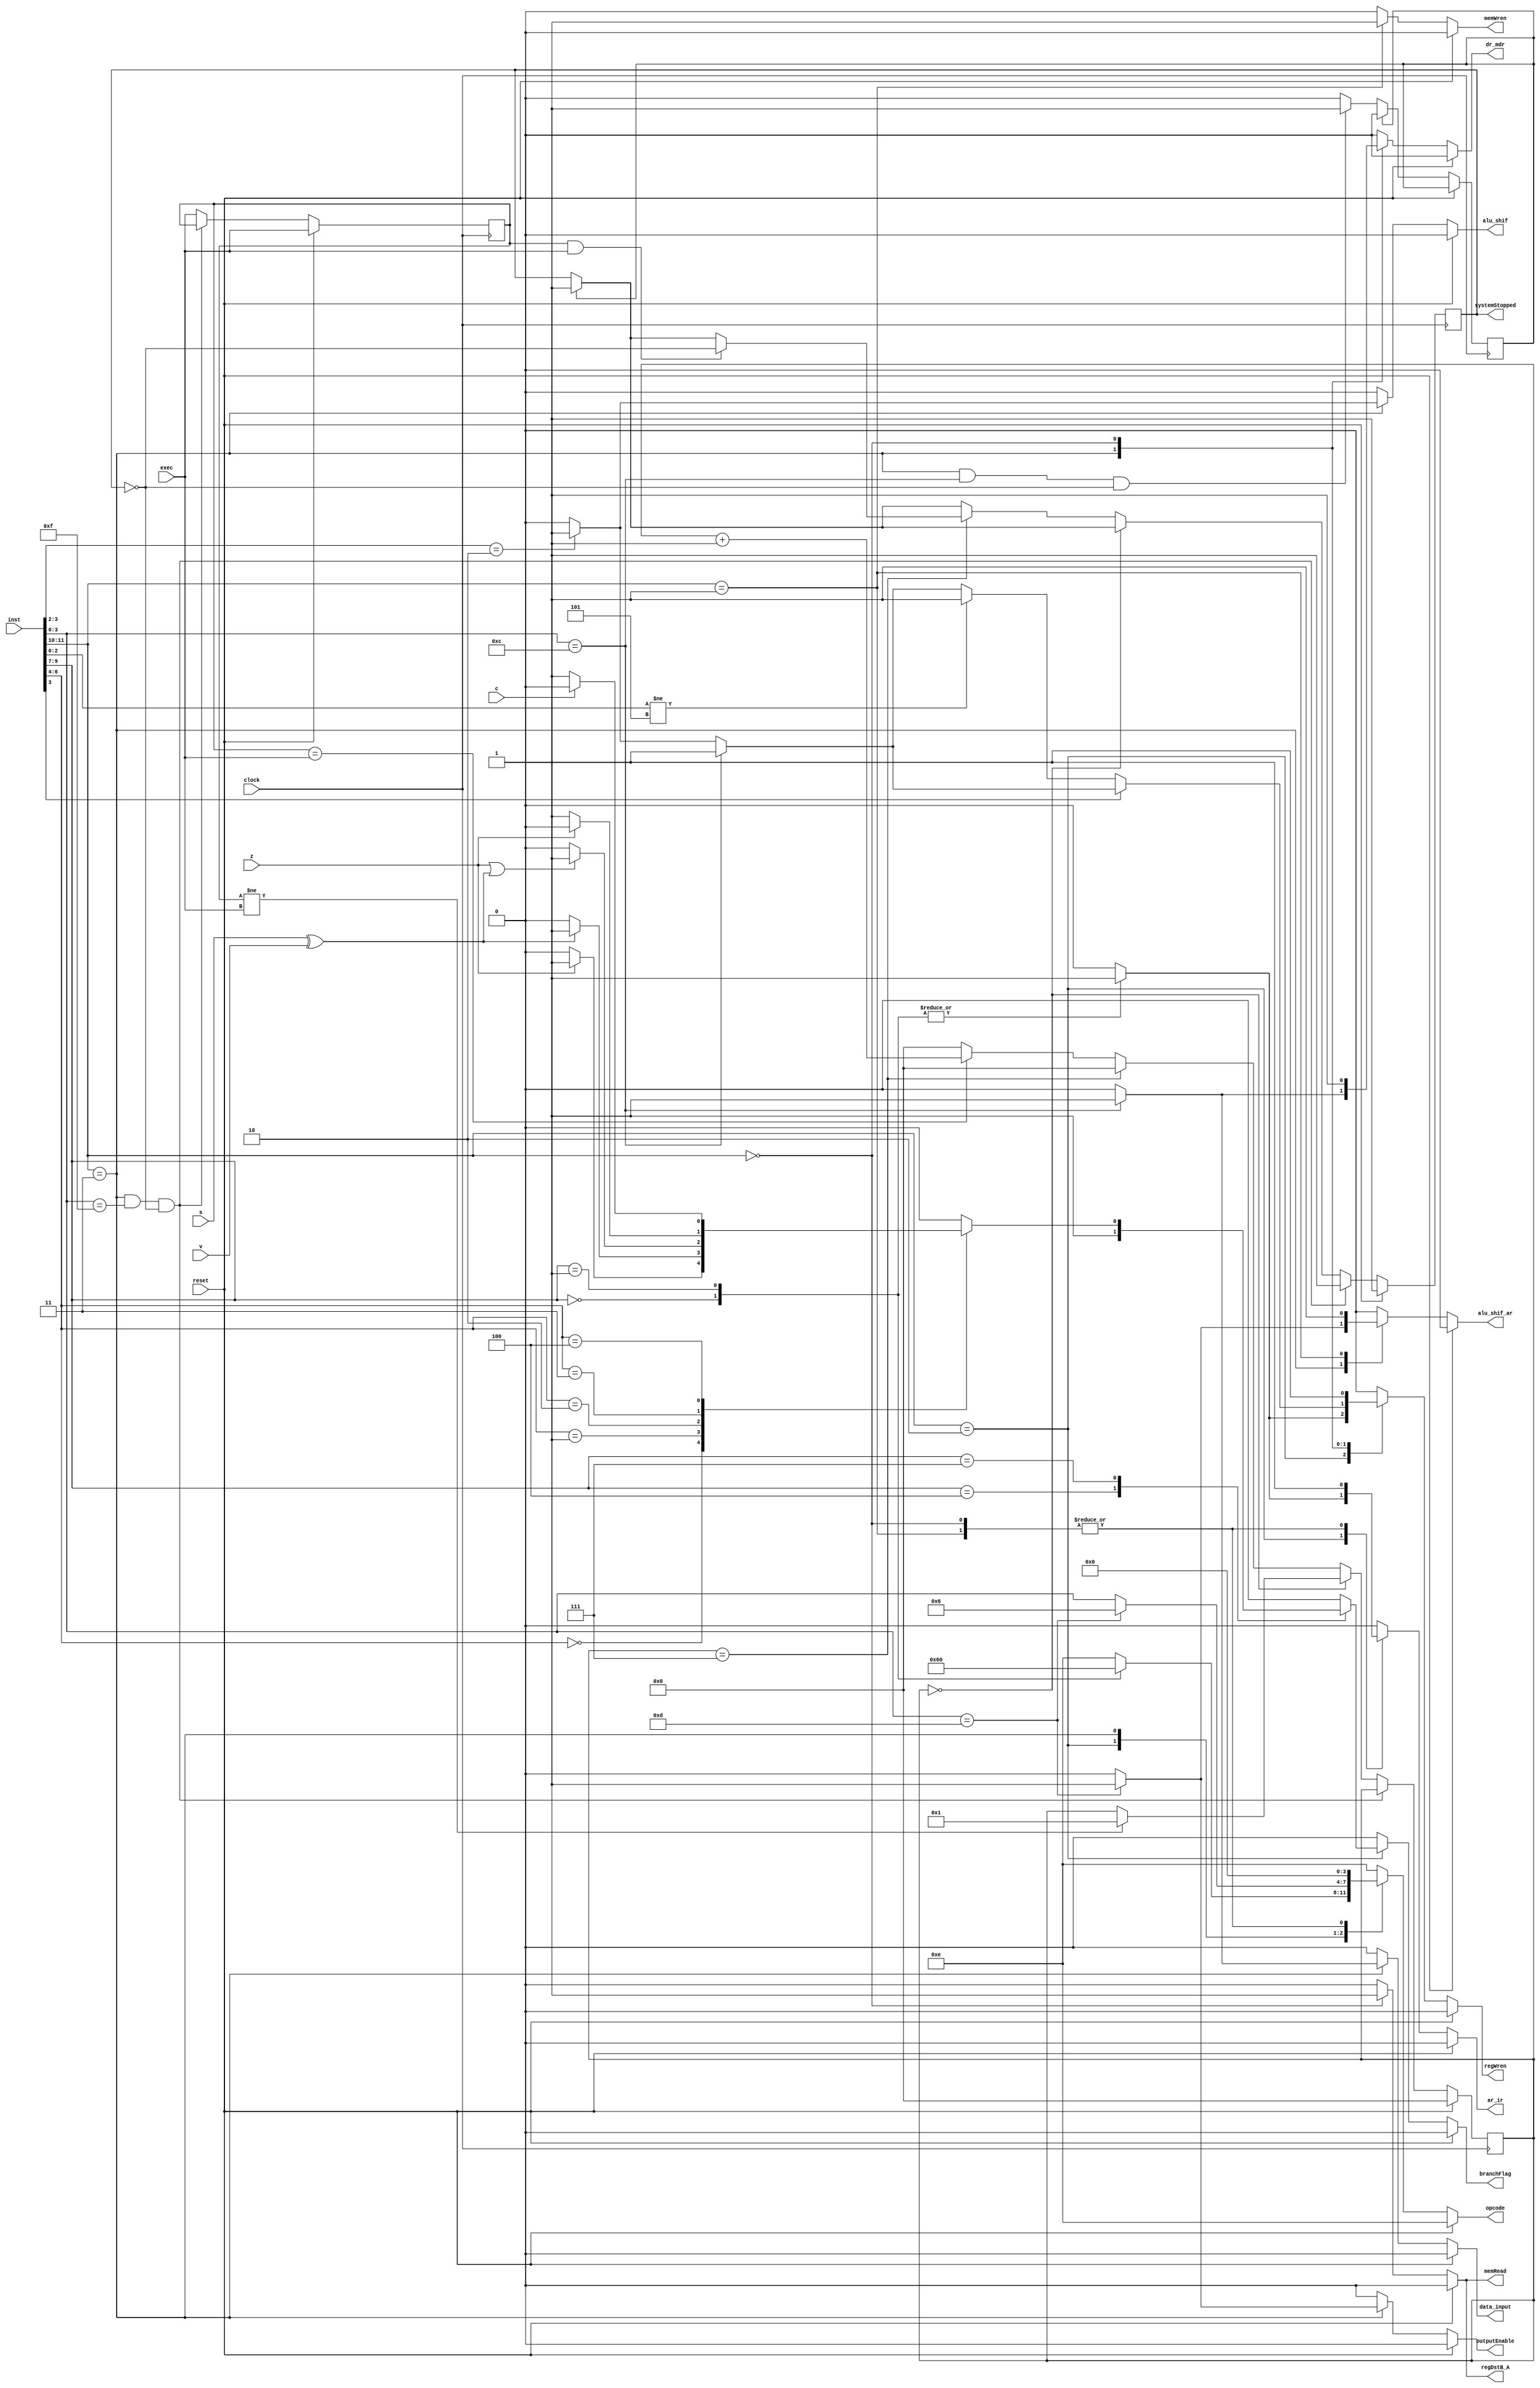
module control(input clock,reset,exec,s,z,c,v,
				input [15:4] inst,
				output reg branchFlag,ar_ir,alu_shif,data_input,dr_mdr,regWren,memWren,memRead,outputEnable,systemStopped,alu_shif_ar,regDstB_A,
				// output reg br_pc,pc_dr,
				output reg [3:0] opcode);
	wire [1:0] op1 = inst[15:14];
	wire [2:0] op2 = inst[13:11];
	wire [3:0] op3 = inst[7:4];
	wire [2:0] cond = inst[10:8];
	//Exec chattering removal
	reg [15:0] count;
	reg exec_pre;
	reg inCount;
	always @(posedge clock) begin
		if(reset == 1'b1)begin
			count <= 0;
			systemStopped <= 1'b1;
			exec_pre <= exec;
		end else begin
			//INp3p2systemStopped1p2
			//p4
			// if(((p3 == 1'b1)&(op1 == 2'b11)&(op3 == 4'b1100)&(systemStopped == 1'b0))|((op1 == 2'b11)&(op3 == 4'b1111)&(systemStopped == 1'b0)))begin//IN or HLT
			if((op1 == 2'b11)&(op3 == 4'b1100)&(systemStopped == 1'b0))begin//IN
				if(inCount == 1'b0)begin
					inCount <= 1'b1;
				end	
			end	if(inCount == 1'b1)begin//IN
					systemStopped <= 1'b1;
					inCount <= 1'b0;
			end	if((op1 == 2'b11)&(op3 == 4'b1111)&(systemStopped == 1'b0))begin//HLT
				systemStopped <=1'b1;
			end else begin
				exec_pre <= exec;
				if(count == 0)begin
					if(exec_pre !=  exec)begin
						count <= 1;
					end
				end else if(count == 7)begin
					count <= 0;
					if(exec_pre & exec)begin
						systemStopped <= ~systemStopped;
					end
				end else begin
					if(exec_pre == exec)begin
						count <= count + 1;
					end else begin
						count <= 0;
					end
				end
			end
		end
	end
	always @(*) begin
		if(reset == 1'b 1) begin
			branchFlag <= 1'b 0;
			ar_ir  <= 1'b 0;
			alu_shif  <= 1'b 0;
			alu_shif_ar <=1'b0;
			data_input <= 1'b 0;
			dr_mdr <= 1'b 0;
			regDstB_A <= 1'b 0;
			regWren <= 1'b 0;
			memWren <= 1'b 0;
			memRead <= 1'b 0;
			opcode <= 4'b 1110;//nop
			outputEnable <= 1'b 0;
		end else begin
			branchFlag <= 1'b 0;
			ar_ir  <= 1'b 0;
			alu_shif  <= 1'b 0;
			alu_shif_ar <= 1'b0;
			data_input <= 1'b 0;
			dr_mdr <= 1'b 0;
			regDstB_A <= 1'b 0;
			regWren <= 1'b 0;
			memWren <= 1'b 0;
			memRead <= 1'b 0;
			opcode <= 4'b 1110;//nop
			outputEnable <= 1'b 0;
			case(op1)
				2'b10:begin
					case(op2)
						3'b000:begin//LI
							regWren <= 1'b 1;//p5
							opcode <= 4'b0110;//MOV//p3
							ar_ir  <= 1'b 1;//p3
						end	
						3'b001:begin//ADDI
							regWren <= 1'b 1;//p5
							opcode <= 4'b0000;//ADD//p3
							ar_ir  <= 1'b 1;//p3
						end	
						3'b100:begin//Bd
							branchFlag <= 1'b 1;//branch instruction//p5
						end
						3'b111:begin//BE,BLT,BLE,BNE
							case(cond)
								3'b000:begin
									if(z == 1'b 1) begin//BE
										branchFlag <= 1'b 1;//p5
									end
								end
								3'b001:begin
									if(s^v == 1'b 1) begin
										branchFlag <= 1'b 1;//p5
									end
								end
								3'b010:begin//BLE
									if(z == 1'b 1 || s^v == 1'b 1) begin
										branchFlag <= 1'b 1;//p5
									end
								end
								3'b011:begin
									if(z == 1'b 0)begin
										branchFlag <= 1'b 1;//p5
									end
								end
								3'b100:begin
									if(c == 1'b 0)begin
										branchFlag <= 1'b 1;//p5
									end
								end
								default:begin
								end
							endcase
						end
						default:begin
						end
					endcase
				end
				2'b11:begin
					opcode <= op3;//p3
					if(op3[3:2] == 2'b10)begin//shift
						alu_shif  <= 1'b 1;//p3//
						regWren <= 1'b 1;//p5//
					end if(op3 == 4'b1100)begin//IN
						dr_mdr <= 1'b 1;//p5
						regWren <= 1'b 1;//p5
						data_input <= 1'b 1;//p4(data_input)
					end if(op3 == 4'b1101)begin//OUT
						alu_shif_ar <=1'b1;//
						outputEnable <= 1'b 1;//p3
						opcode <=4'b0110;//MOV//p3
					end if(op3[3] == 1'b0)begin//ALU
						if(op3[2:0] != 3'b101)begin//CMPALU
							regWren <= 1'b 1;//p5
						end
					end
				end
				2'b00:begin//LD
					memRead <= 1'b 1;//p3()
					dr_mdr <= 1'b 1;//p5(dr_mdr,regDstB_A,regWren)
					regDstB_A <= 1'b 1;//p5
					regWren <= 1'b 1;//p5
					opcode <= 4'b0000;//ADD//p3
					ar_ir <= 1;//p3
				end
				2'b01:begin//ST
					alu_shif_ar <=1'b1;//
					opcode <=4'b0000;//ADD//p3(memRead,opcode,ar_ir,outputEnable,alu_shif)
					ar_ir <=1;//p3
					memWren <= 1'b 1;//p3_4(memWren)
				end
				default:begin
				end
			endcase
		end 
	end
endmodule